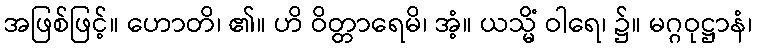
အဖြစ်ဖြင့်။ ဟောတိ၊ ၏။ ဟိ ဝိတ္တာရေမိ၊ အံ့။ ယသ္မိံ ဝါရေ၊ ၌။ မဂ္ဂဝုဋ္ဌာနံ၊